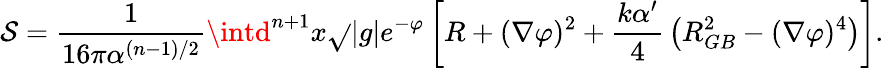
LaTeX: \mathcal{S}={\frac{{1}}{{16\pi\alpha^{(n-1)/2}}}}\intd^{n+1}x\sqrt{}{{|g|}}e^{-\varphi}\left[R+(\nabla\varphi)^{2}+{\frac{{k\alpha^{\prime}}}{{4}}}\left(R_{GB}^{2}-(\nabla\varphi)^{4}\right)\right].